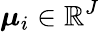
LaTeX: \boldsymbol{\mu}_{i}\in\mathbb{R}^{J}